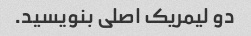
دو لیمریک اصلی بنویسید.